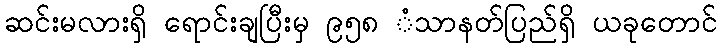
ဆင်းမလားရှိ ရောင်းချပြီးမှ ၉၅၈ ံသာနတ်ပြည်ရှိ ယခုတောင်